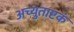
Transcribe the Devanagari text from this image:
अच्युताष्टकं